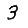
Digit: 3